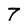
Character: 7